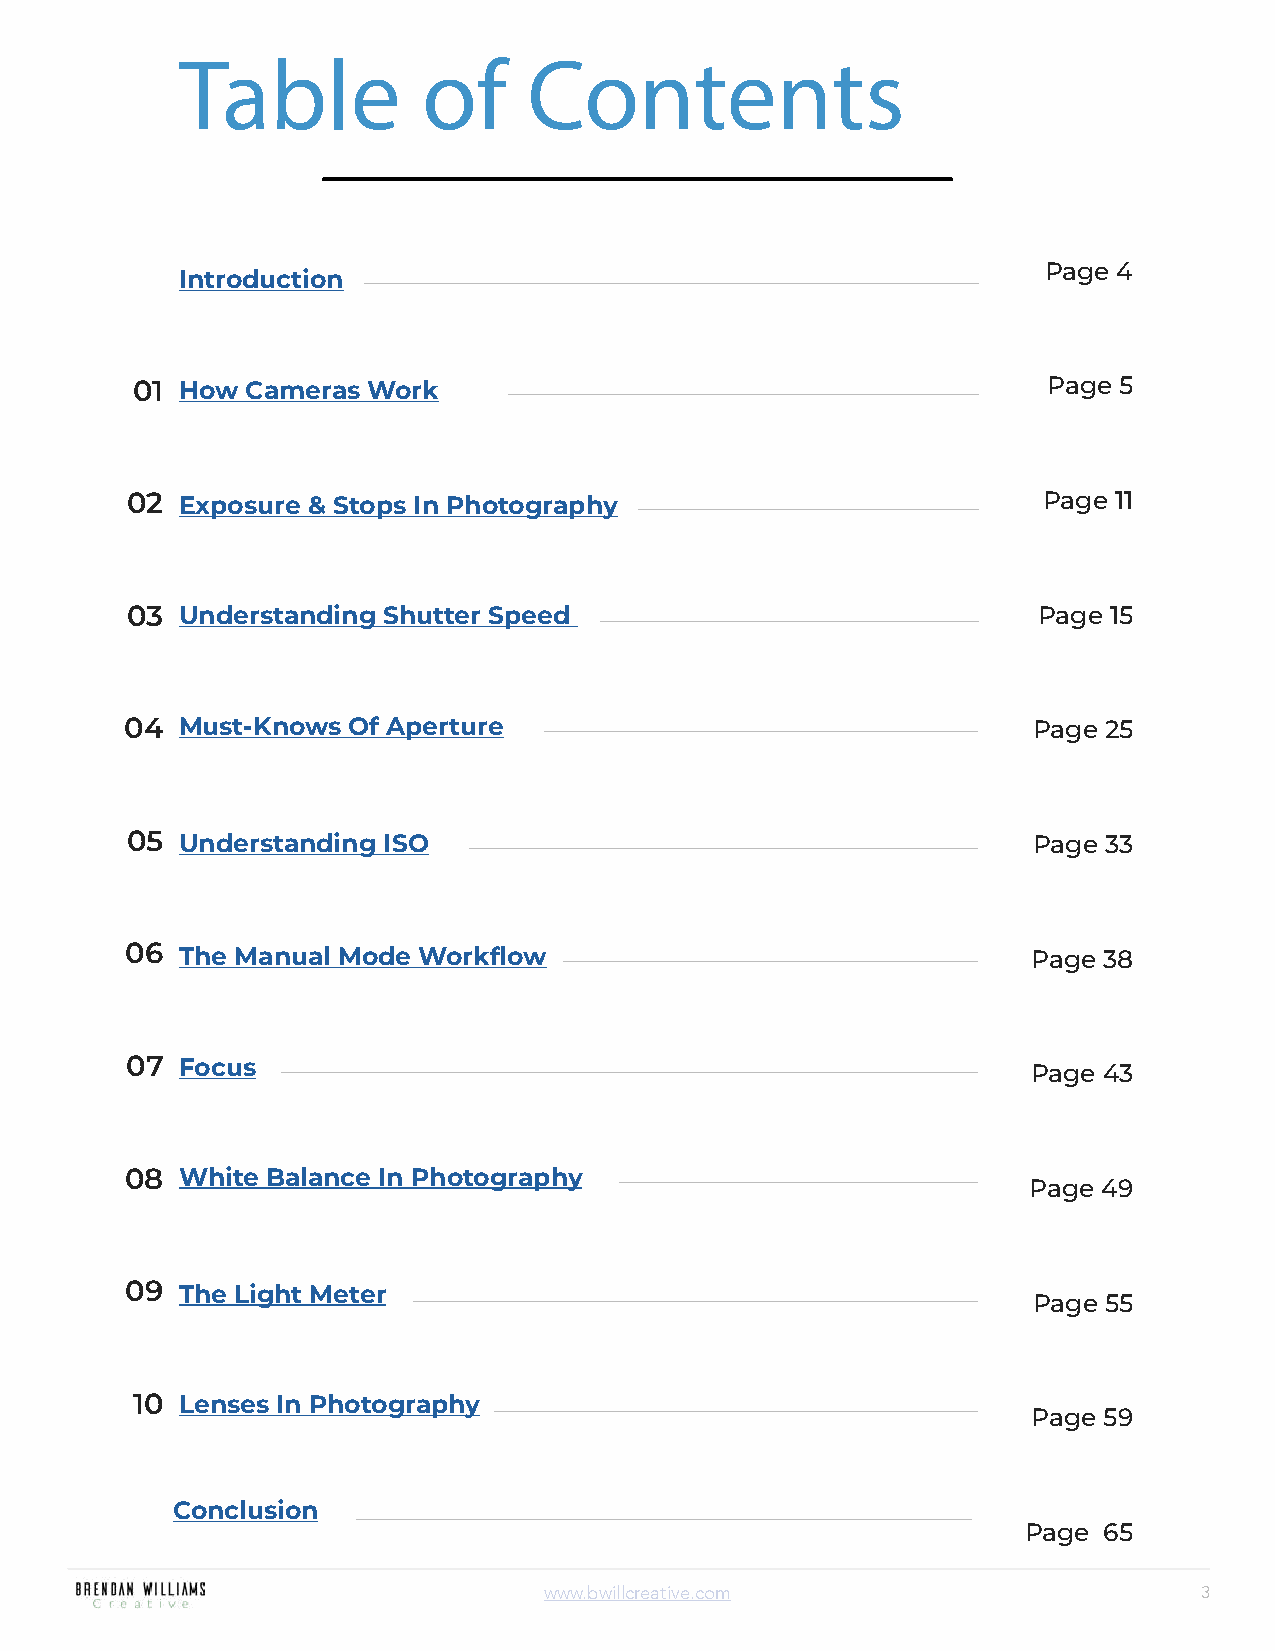
Table           of     Contents
 Page 4
 Introduction
 01 How Cameras Work                                         Page 5
 02  Exposure & Stops In Photography                          Page 11
 03
 Understanding Shutter Speed                              Page 15
 04  Must-Knows Of Aperture                                  Page 25
 05
 Understanding ISO                                       Page 33
 06
 The Manual Mode Workflow                                Page 38
 07
 Focus
 Page 43
 08  White Balance In Photography
 Page 49
 09
 The Light Meter
 Page 55
 10
 Lenses In Photography
 Page 59
 Conclusion
 Page 65
 www.bwillcreative.com                       3